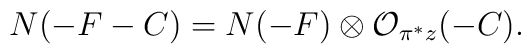
N(-F-C)=N(-F) \otimes {\cal O}_{\pi^*z}(-C).